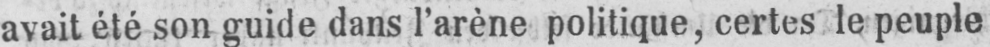
avait été son guide dans l’arène politique, certes le peuple